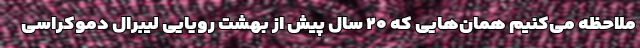
ملاحظه می‌کنیم همان‌هایی که ۲۰ سال پیش از بهشت رویایی لیبرال دموکراسی